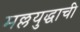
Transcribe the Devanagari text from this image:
मल्लयुद्धाची